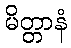
မိတ္တာနံ